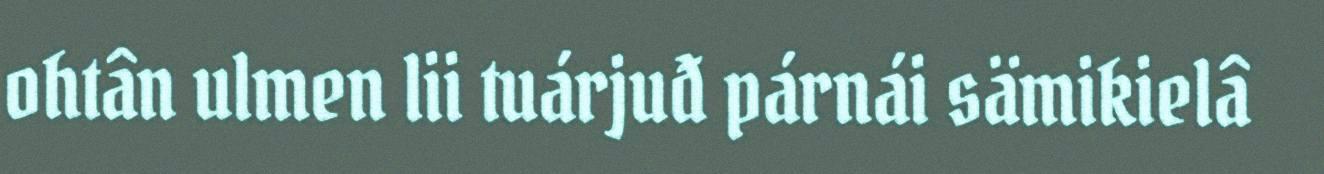
ohtân ulmen lii tuárjuđ párnái sämikielâ